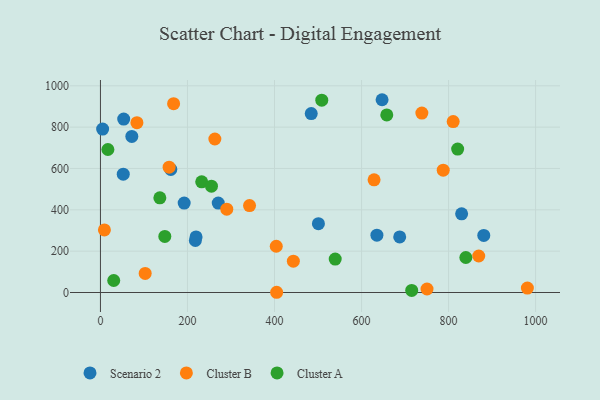
{"axis": {"x": "Price", "y": "Fuel Efficiency"}, "legend": ["Cluster A", "Cluster B", "Scenario 2"], "data": [{"x": "500.9", "y": 333.1, "type": "Scenario 2"}, {"x": "484.4", "y": 865.5, "type": "Scenario 2"}, {"x": "161.7", "y": 595.6, "type": "Scenario 2"}, {"x": "270.7", "y": 432.5, "type": "Scenario 2"}, {"x": "687.7", "y": 268.9, "type": "Scenario 2"}, {"x": "5.0", "y": 790.8, "type": "Scenario 2"}, {"x": "192.4", "y": 432.4, "type": "Scenario 2"}, {"x": "880.9", "y": 276.2, "type": "Scenario 2"}, {"x": "218.1", "y": 251.5, "type": "Scenario 2"}, {"x": "830.0", "y": 380.4, "type": "Scenario 2"}, {"x": "635.3", "y": 277.3, "type": "Scenario 2"}, {"x": "72.1", "y": 755.1, "type": "Scenario 2"}, {"x": "53.4", "y": 838.8, "type": "Scenario 2"}, {"x": "52.4", "y": 572.3, "type": "Scenario 2"}, {"x": "647.2", "y": 932.6, "type": "Scenario 2"}, {"x": "219.7", "y": 269.0, "type": "Scenario 2"}, {"x": "628.8", "y": 545.2, "type": "Cluster B"}, {"x": "404.9", "y": 1.1, "type": "Cluster B"}, {"x": "981.1", "y": 21.5, "type": "Cluster B"}, {"x": "168.1", "y": 913.7, "type": "Cluster B"}, {"x": "290.3", "y": 403.2, "type": "Cluster B"}, {"x": "750.5", "y": 16.9, "type": "Cluster B"}, {"x": "83.8", "y": 821.8, "type": "Cluster B"}, {"x": "157.8", "y": 606.4, "type": "Cluster B"}, {"x": "787.7", "y": 591.7, "type": "Cluster B"}, {"x": "102.8", "y": 92.3, "type": "Cluster B"}, {"x": "810.6", "y": 826.9, "type": "Cluster B"}, {"x": "443.3", "y": 151.4, "type": "Cluster B"}, {"x": "404.0", "y": 223.8, "type": "Cluster B"}, {"x": "738.6", "y": 867.9, "type": "Cluster B"}, {"x": "342.6", "y": 420.6, "type": "Cluster B"}, {"x": "262.9", "y": 742.5, "type": "Cluster B"}, {"x": "9.1", "y": 302.6, "type": "Cluster B"}, {"x": "869.3", "y": 176.7, "type": "Cluster B"}, {"x": "508.6", "y": 930.3, "type": "Cluster A"}, {"x": "820.9", "y": 694.1, "type": "Cluster A"}, {"x": "539.5", "y": 161.6, "type": "Cluster A"}, {"x": "658.0", "y": 859.0, "type": "Cluster A"}, {"x": "232.7", "y": 535.2, "type": "Cluster A"}, {"x": "30.5", "y": 58.1, "type": "Cluster A"}, {"x": "136.5", "y": 457.9, "type": "Cluster A"}, {"x": "147.9", "y": 271.5, "type": "Cluster A"}, {"x": "839.7", "y": 169.4, "type": "Cluster A"}, {"x": "715.3", "y": 10.1, "type": "Cluster A"}, {"x": "255.1", "y": 514.4, "type": "Cluster A"}, {"x": "17.1", "y": 691.9, "type": "Cluster A"}]}